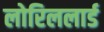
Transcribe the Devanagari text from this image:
लोरिललार्ड